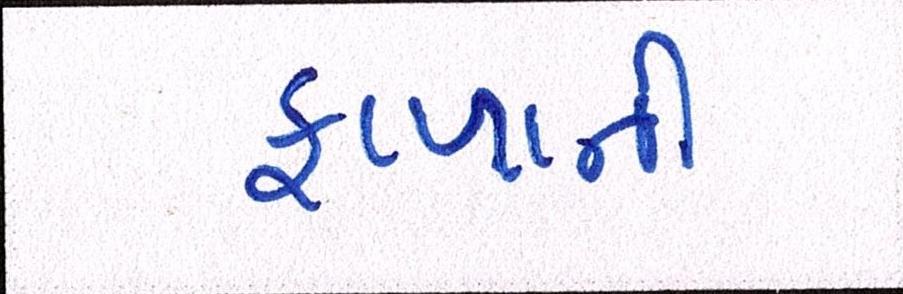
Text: ફાળાની